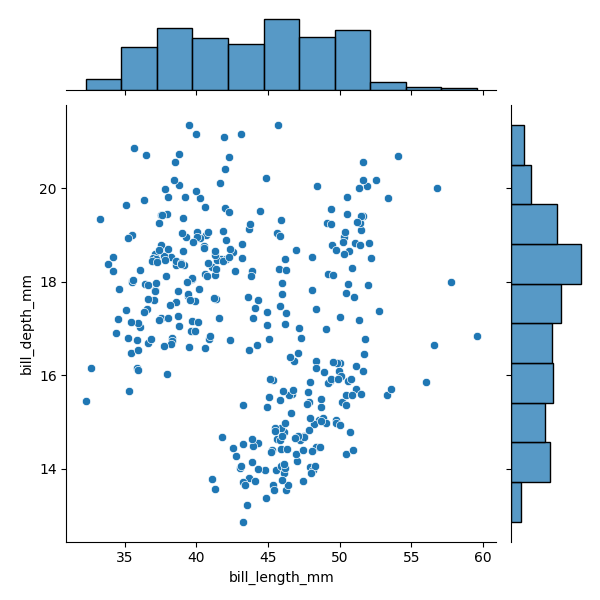
python, seaborn, JointGrid, scatterplot, histplot